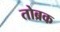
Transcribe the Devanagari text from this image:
तोब्रक